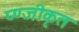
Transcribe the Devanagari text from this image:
प्ण्जीकृत